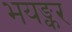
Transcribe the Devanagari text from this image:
भयङ्कर